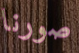
صورنا